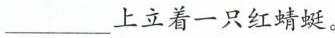
___上立着一只红蜻蜓。